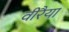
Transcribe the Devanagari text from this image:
वीरैया